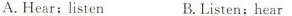
A.Hear;listen B.Listen;hear